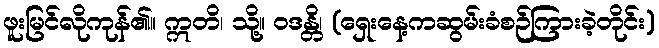
ဖူးမြင်လိုကုန်၏။ ဣတိ၊ သို့။ ဝဒန္တိ၊ (ရှေးနေ့ကဆွမ်းခံစဉ်ကြားခဲ့တိုင်း)